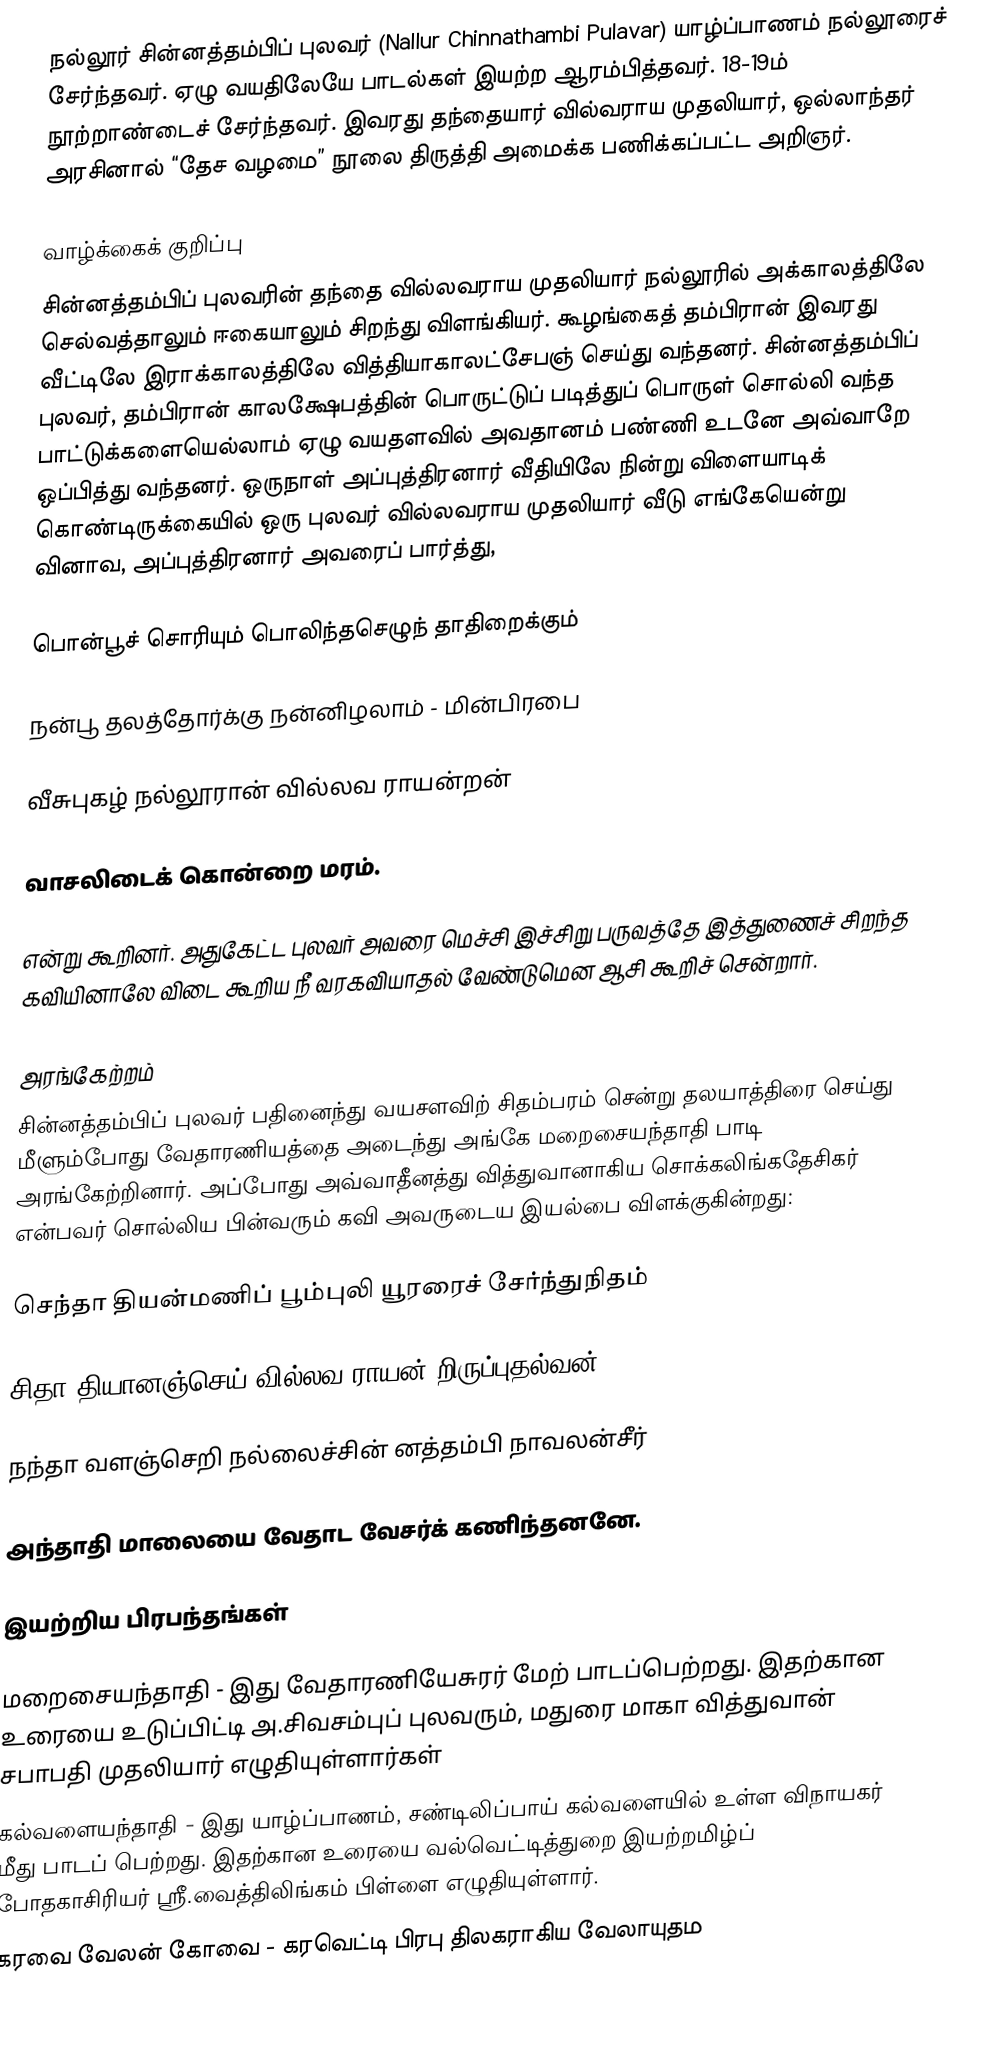
நல்லூர் சின்னத்தம்பிப் புலவர் (Nallur Chinnathambi Pulavar)  யாழ்ப்பாணம் நல்லூரைச் சேர்ந்தவர். ஏழு வயதிலேயே பாடல்கள் இயற்ற ஆரம்பித்தவர். 18-19ம் நூற்றாண்டைச் சேர்ந்தவர். இவரது தந்தையார் வில்வராய முதலியார், ஒல்லாந்தர் அரசினால் “தேச வழமை” நூலை திருத்தி அமைக்க பணிக்கப்பட்ட அறிஞர்.

வாழ்க்கைக் குறிப்பு
சின்னத்தம்பிப் புலவரின் தந்தை வில்லவராய முதலியார் நல்லூரில் அக்காலத்திலே செல்வத்தாலும் ஈகையாலும் சிறந்து விளங்கியர். கூழங்கைத் தம்பிரான் இவரது வீட்டிலே இராக்காலத்திலே வித்தியாகாலட்சேபஞ் செய்து வந்தனர். சின்னத்தம்பிப் புலவர், தம்பிரான் காலக்ஷேபத்தின் பொருட்டுப் படித்துப் பொருள் சொல்லி வந்த பாட்டுக்களையெல்லாம் ஏழு வயதளவில் அவதானம் பண்ணி உடனே அவ்வாறே ஒப்பித்து வந்தனர். ஒருநாள் அப்புத்திரனார் வீதியிலே நின்று விளையாடிக் கொண்டிருக்கையில் ஒரு புலவர் வில்லவராய முதலியார் வீடு எங்கேயென்று வினாவ, அப்புத்திரனார் அவரைப் பார்த்து,

பொன்பூச் சொரியும் பொலிந்தசெழுந் தாதிறைக்கும்

நன்பூ தலத்தோர்க்கு நன்னிழலாம் - மின்பிரபை

வீசுபுகழ் நல்லூரான் வில்லவ ராயன்றன்

வாசலிடைக் கொன்றை மரம்.

என்று கூறினர். அதுகேட்ட புலவர் அவரை மெச்சி இச்சிறு பருவத்தே இத்துணைச் சிறந்த கவியினாலே விடை கூறிய நீ வரகவியாதல் வேண்டுமென ஆசி கூறிச் சென்றார்.

அரங்கேற்றம்
சின்னத்தம்பிப் புலவர் பதினைந்து வயசளவிற் சிதம்பரம் சென்று தலயாத்திரை செய்து மீளும்போது வேதாரணியத்தை அடைந்து அங்கே மறைசையந்தாதி பாடி அரங்கேற்றினார். அப்போது அவ்வாதீனத்து வித்துவானாகிய சொக்கலிங்கதேசிகர் என்பவர் சொல்லிய பின்வரும் கவி அவருடைய இயல்பை விளக்குகின்றது:

செந்தா தியன்மணிப் பூம்புலி யூரரைச் சேர்ந்துநிதம்

சிதா தியானஞ்செய் வில்லவ ராயன் றிருப்புதல்வன்

நந்தா வளஞ்செறி நல்லைச்சின் னத்தம்பி நாவலன்சீர்

அந்தாதி மாலையை வேதாட வேசர்க் கணிந்தனனே.

இயற்றிய பிரபந்தங்கள்

 மறைசையந்தாதி - இது வேதாரணியேசுரர் மேற் பாடப்பெற்றது. இதற்கான உரையை உடுப்பிட்டி அ.சிவசம்புப் புலவரும், மதுரை மாகா வித்துவான் சபாபதி முதலியார் எழுதியுள்ளார்கள்
 கல்வளையந்தாதி - இது யாழ்ப்பாணம், சண்டிலிப்பாய் கல்வளையில் உள்ள விநாயகர் மீது பாடப் பெற்றது. இதற்கான உரையை வல்வெட்டித்துறை இயற்றமிழ்ப் போதகாசிரியர் ஸ்ரீ.வைத்திலிங்கம் பிள்ளை எழுதியுள்ளார்.
 கரவை வேலன் கோவை - கரவெட்டி பிரபு திலகராகிய வேலாயுதம